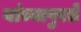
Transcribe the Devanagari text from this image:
यांच्यापुरते